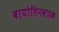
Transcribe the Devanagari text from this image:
वायोलिनवादक